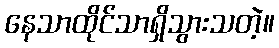
နေသာထိုင်သာရှိသွားသတဲ့။